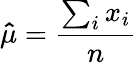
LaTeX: \mathbf{\hat{\mu}}={\frac{\sum_{i}x_{i}}{n}}